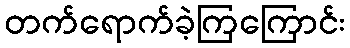
တက်ရောက်ခဲ့ကြကြောင်း